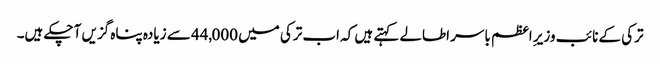
ترکی کے نائب وزیرِ اعظم باسر اطالے کہتے ہیں کہ اب ترکی میں 44,000 سے زیادہ پناہ گزیں آ چکے ہیں۔